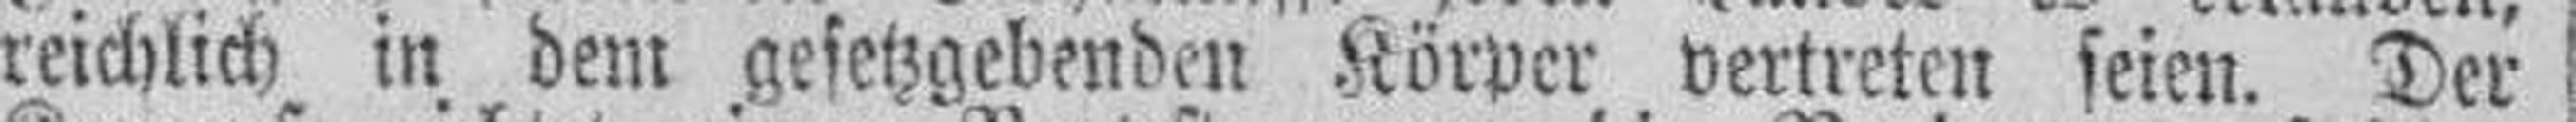
reichlich in dem gesetzgebenden Körper vertreten seien. Der